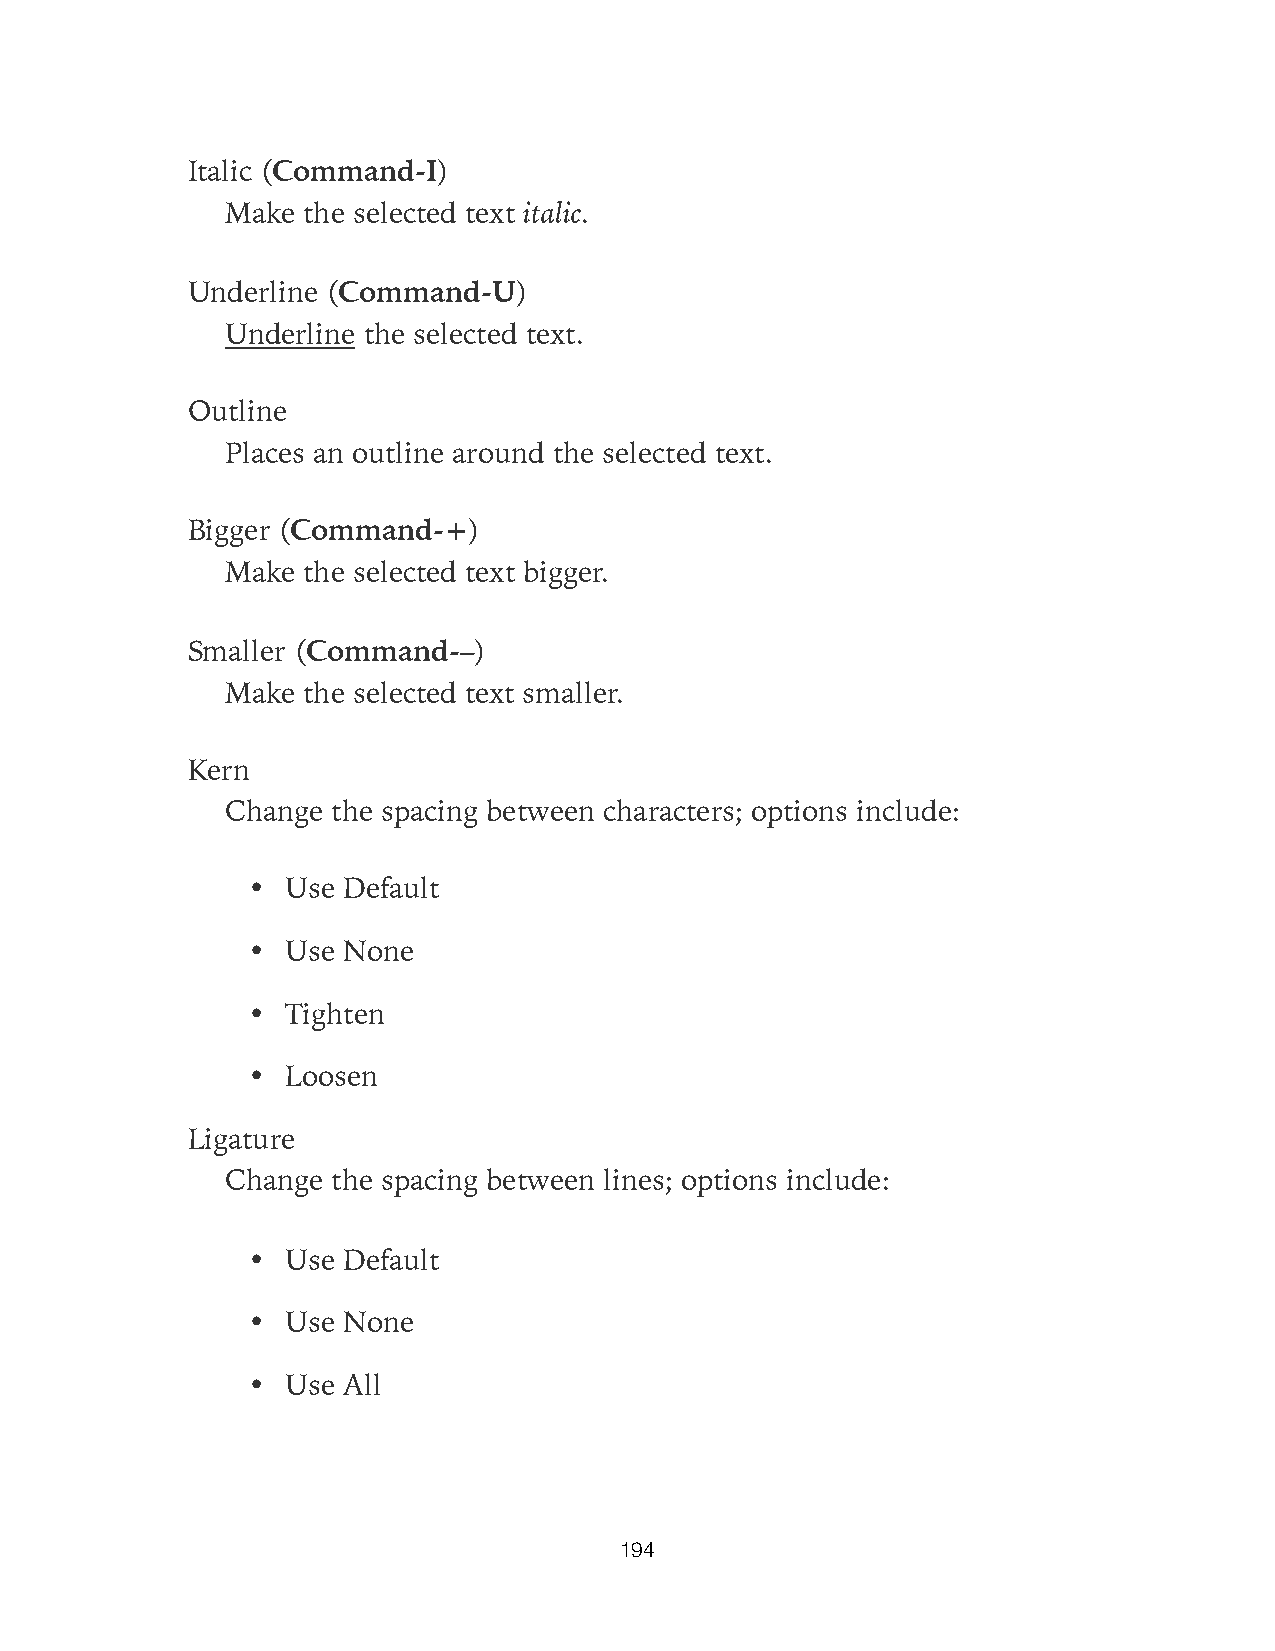
Italic (Command-I)
 Make the selected text italic.
 Underline (Command-U)
 Underline the selected text.
 Outline
 Places an outline around the selected text.
 Bigger (Command-+)
 Make the selected text bigger.
 Smaller (Command-–)
 Make the selected text smaller.
 Kern
 Change the spacing between characters; options include:
 •  Use Default
 •  Use None
 •  Tighten
 •  Loosen
 Ligature
 Change the spacing between lines; options include:
 •  Use Default
 •  Use None
 •  Use All
 194